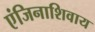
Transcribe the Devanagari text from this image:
एंजिनाशिवाय